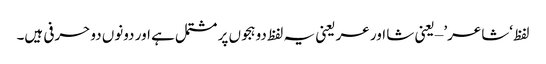
لفظ ‘شاعر’ – یعنی شا اور عر یعنی یہ لفظ دو ہجوں پر مشتمل ہے اور دونوں دو حرفی ہیں۔